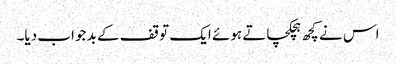
اس نے کچھ ہچکچاتے ہوئے ایک توقف کے بد جواب دیا۔